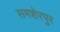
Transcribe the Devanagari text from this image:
समशेरपुर